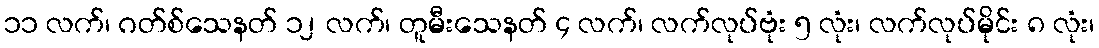
၁၁ လက်၊ ဂတ်စ်သေနတ် ၁၂ လက်၊ တူမီးသေနတ် ၄ လက်၊ လက်လုပ်ဗုံး ၅ လုံး၊ လက်လုပ်မိုင်း ၈ လုံး၊